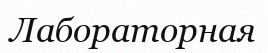
Лабораторная